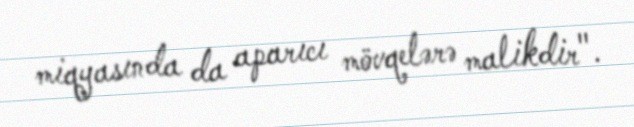
miqyasında da aparıcı mövqelərə malikdir".